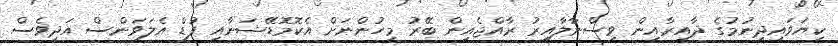
ކިޔަވައިދިނުމުގެ ދާއިރާއިން ވިސްނާލާއިރު ރާއްޖެއިން ބޭރު މީހުންނަށް އެކޮމޮޑޭޝަނާއި ފުޑް އެލަވަންސް އަދިވެސް